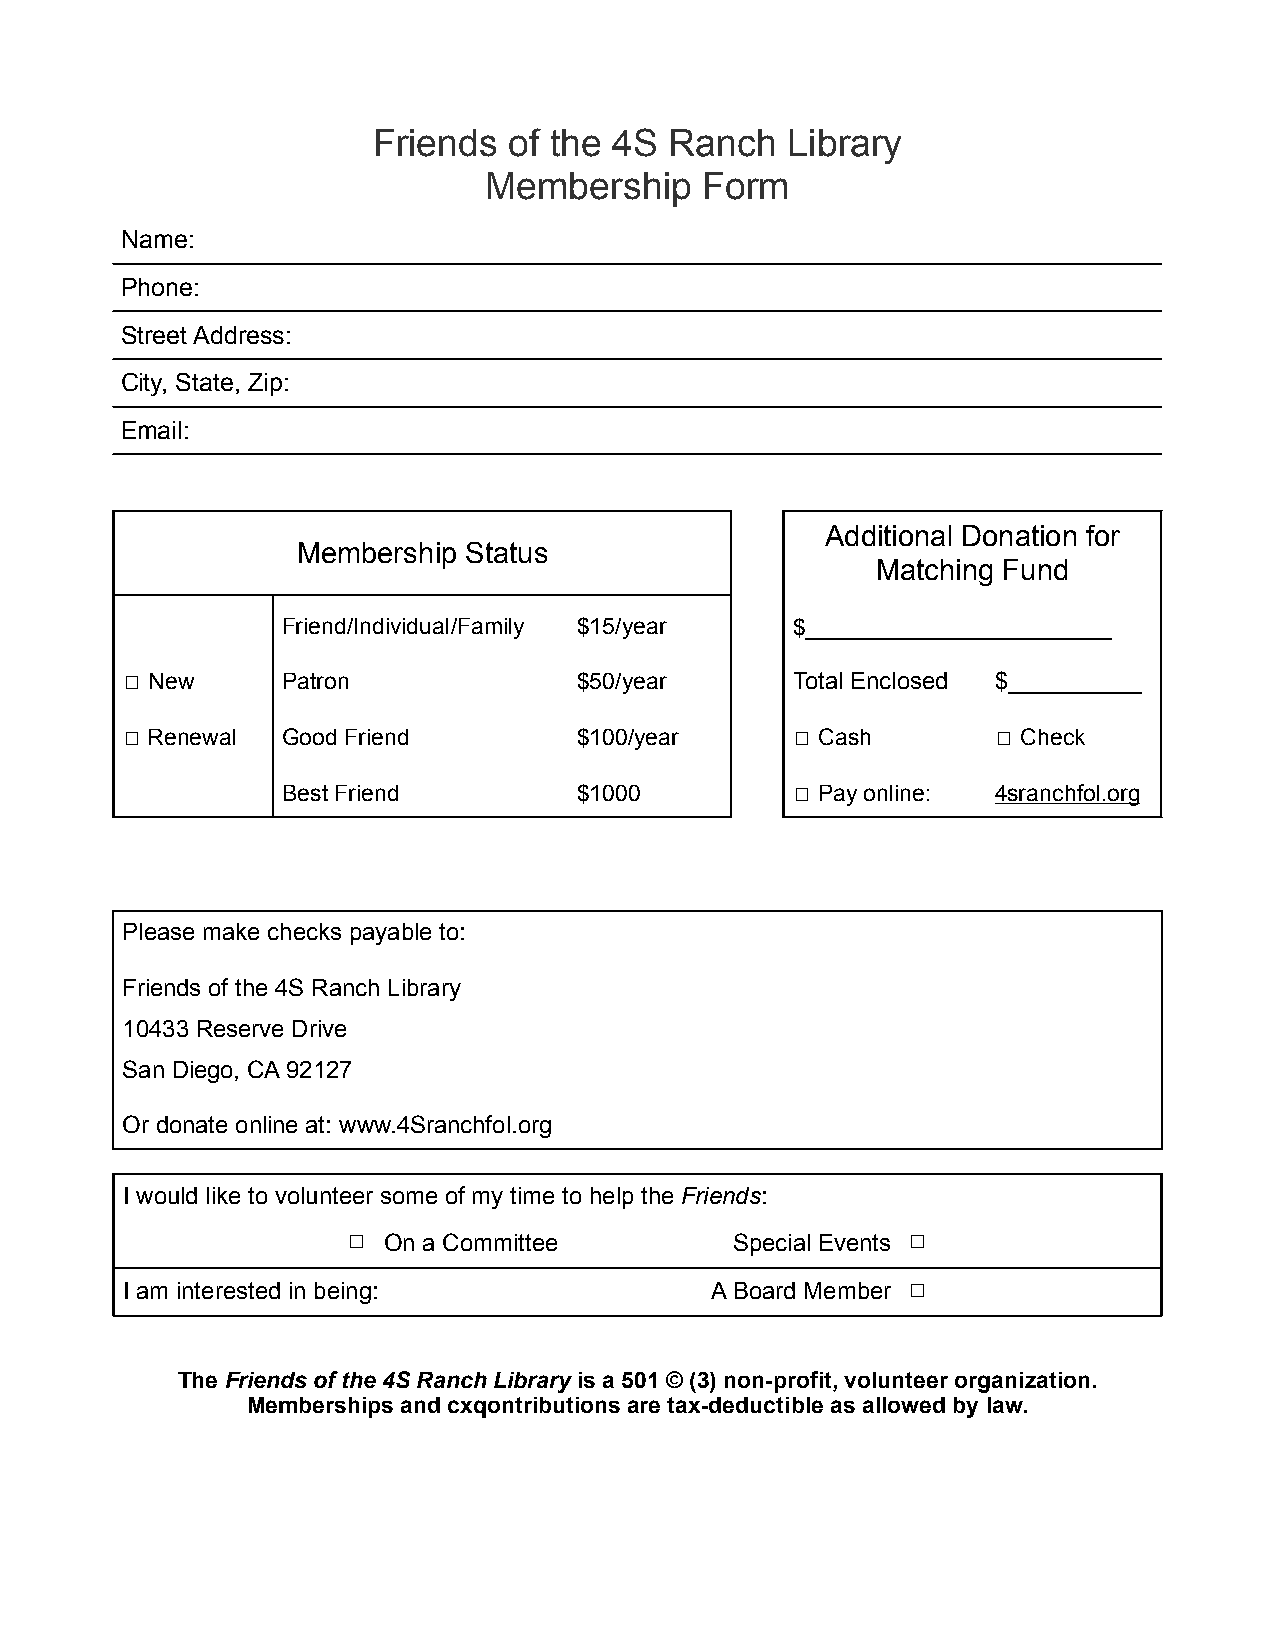
Friends  of the 4S Ranch   Library
 Membership    Form
 Name:
 Phone:
 Street Address:
 City, State, Zip:
 Email:
 Additional Donation for
 Membership Status
 Matching Fund
 Friend/Individual/Family $15/year $________________________
 ☐ New      Patron             $50/year      Total Enclosed $__________
 ☐ Renewal  Good Friend        $100/year     ☐ Cash        ☐ Check
 Best Friend        $1000         ☐ Pay online: 4sranchfol.org
 Please make checks payable to:
 Friends of the 4S Ranch Library
 10433 Reserve Drive
 San Diego, CA 92127
 Or donate online at: www.4Sranchfol.org
 I would like to volunteer some of my time to help the Friends:
 ☐ On a Committee          Special Events ☐
 I am interested in being:              A Board Member ☐
 The Friends of the 4S Ranch Library is a 501 © (3) non-profit, volunteer organization.
 Memberships and cxqontributions are tax-deductible as allowed by law.